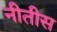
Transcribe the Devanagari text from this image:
नीतीस